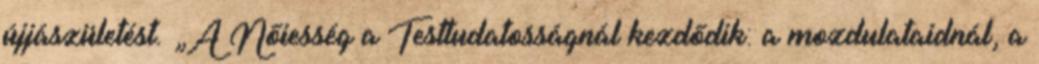
újjászületést. „A Nőiesség a Testtudatosságnál kezdődik: a mozdulataidnál, a